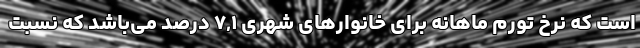
است که نرخ تورم ماهانه برای خانوارهای شهری ٧,١ درصد می‌باشد که نسبت